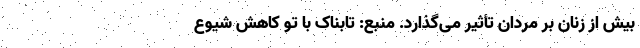
بیش از زنان بر مردان تأثیر می‌گذارد. منبع: تابناک با تو کاهش شیوع